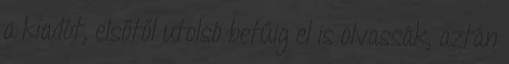
a kiadót, elsőtől utolsó betűig el is olvassák, aztán